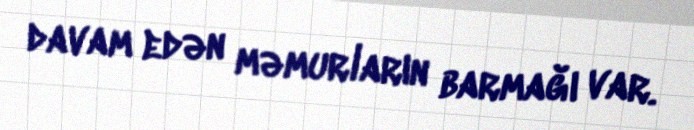
davam edən məmurların barmağı var.